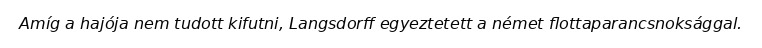
Amíg a hajója nem tudott kifutni, Langsdorff egyeztetett a német flottaparancsnoksággal.